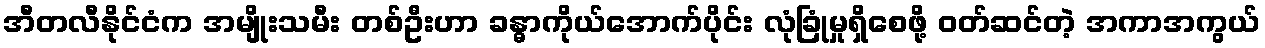
အီတလီနိုင်ငံက အမျိုးသမီး တစ်ဦးဟာ ခန္ဓာကိုယ်အောက်ပိုင်း လုံခြုံမှုရှိစေဖို့ ဝတ်ဆင်တဲ့ အကာအကွယ်